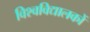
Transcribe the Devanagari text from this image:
विश्वविद्यालकों